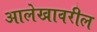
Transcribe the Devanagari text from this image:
आलेखावरील